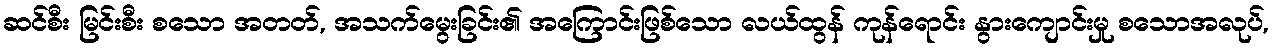
ဆင်စီး မြင်းစီး စသော အတတ်, အသက်မွေးခြင်း၏ အကြောင်းဖြစ်သော လယ်ထွန် ကုန်ရောင်း နွားကျောင်းမှု စသောအလုပ်,